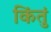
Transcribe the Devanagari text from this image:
किंतुं